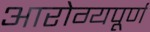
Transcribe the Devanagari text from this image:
आरोग्यपूर्ण